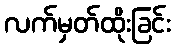
လက်မှတ်ထိုးခြင်း